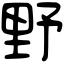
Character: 野